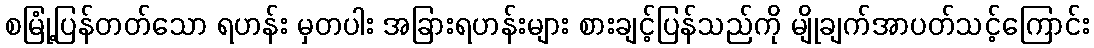
စမြုံ့ပြန်တတ်သော ရဟန်း မှတပါး အခြားရဟန်းများ စားချင့်ပြန်သည်ကို မျိုချက်အာပတ်သင့်ကြောင်း